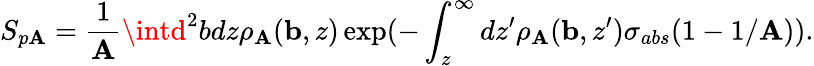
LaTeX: S_{p\mathbf{A}}={\frac{{1}}{{\mathbf{A}}}}\intd^{2}bdz\rho_{\mathbf{A}}({\mathbf{{b}}},z)\exp(-\int_{z}^{\infty}dz^{\prime}\rho_{\mathbf{A}}({\mathbf{{b}}},z^{\prime})\sigma_{abs}(1-{1/\mathbf{A}})).